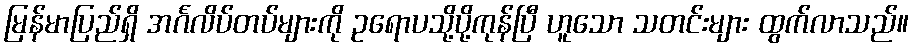
မြန်မာပြည်ရှိ အင်္ဂလိပ်တပ်များကို ဥရောပသို့ပို့ကုန်ပြီ ဟူသော သတင်းများ ထွက်လာသည်။